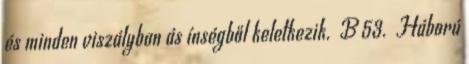
és minden viszályban ás ínségből keletkezik. B 53. Háború